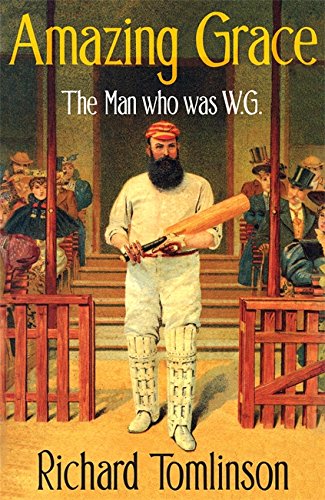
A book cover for Amazing Grace: The Man Who Was W.G.; Richard Tomlinson; Sports & Outdoors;